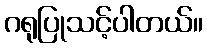
ဂရုပြုသင့်ပါတယ်။